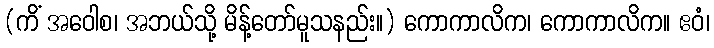
(ကိံ အဝေါစ၊ အဘယ်သို့ မိန့်တော်မူသနည်း။) ကောကာလိက၊ ကောကာလိက။ ဧဝံ၊